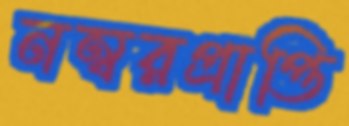
নম্বরপ্রাপ্তি